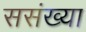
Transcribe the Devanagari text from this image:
ससंख्या